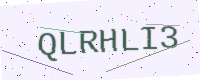
Text: QLRHLI3